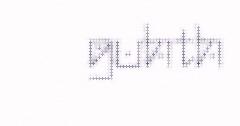
guhth